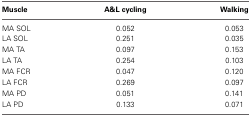
| Muscle | A&L cycling | Walking |
 | --- | --- | --- |
 | MA SOL | 0.052 | 0.053 |
 | LA SOL | 0.251 | 0.035 |
 | MA TA | 0.097 | 0.153 |
 | LA TA | 0.254 | 0.103 |
 | MA FCR | 0.047 | 0.120 |
 | LA FCR | 0.269 | 0.097 |
 | MA PD | 0.051 | 0.141 |
 | LA PD | 0.133 | 0.071 |